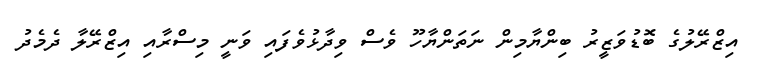
އިޒްރޭލުގެ ބޮޑުވަޒީރު ބިންޔާމިން ނަތަންޔާހޫ ވެސް ވިދާޅުވެފައި ވަނީ މިސްރާއި އިޒްރޭލާ ދެމެދު